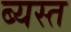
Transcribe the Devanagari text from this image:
ब्यस्त